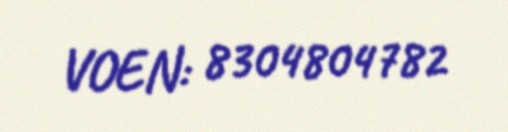
VOEN: 8304804782